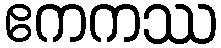
ဧကကဿ